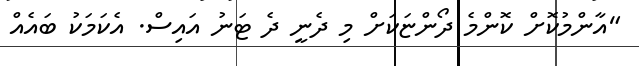
"އާންމުކޮށް ކޮންމެ ދޯންޏަކަށް މި ދެނީ ދެ ޓަނު އައިސް. އެކަމަކު ބައެއް